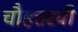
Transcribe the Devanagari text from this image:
चौहत्तरवीं